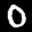
Label: 0